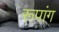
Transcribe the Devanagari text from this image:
रूपांग